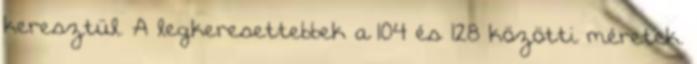
keresztül. A legkeresettebbek a 104 és 128 közötti méretek.